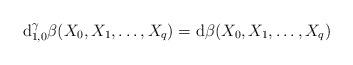
LaTeX: \begin{align*}\mathrm{d}_{1,0}^{\gamma}\beta(X_{0},X_{1},\dots ,X_{q})= \mathrm{d}\beta(X_{0},X_{1},\dots ,X_{q})\end{align*}